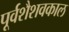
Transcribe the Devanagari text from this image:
पूर्वशैशवकाल